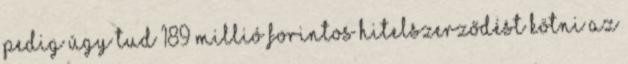
pedig úgy tud 189 millió forintos hitelszerződést kötni az